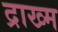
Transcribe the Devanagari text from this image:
द्राख्म